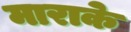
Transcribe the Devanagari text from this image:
माराके